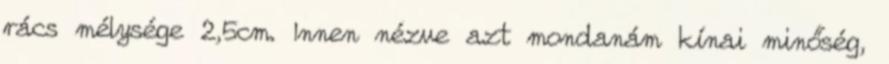
rács mélysége 2,5cm. Innen nézve azt mondanám kínai minőség,